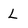
Character: L